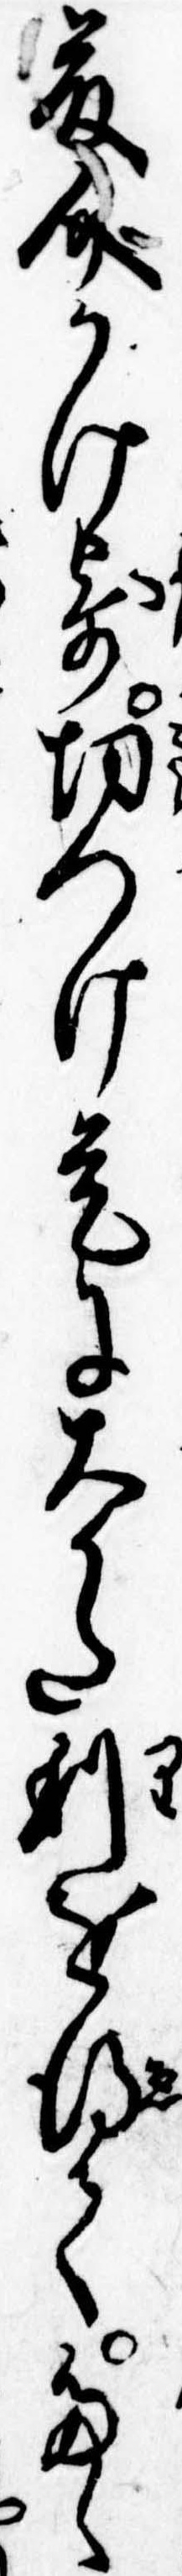
藤介かけ寄切つけ是に大かた利を得てたゝ